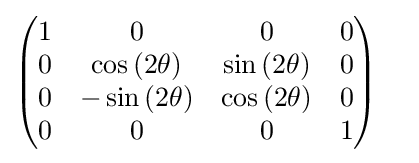
{\begin{pmatrix}1&0&0&0\\0&\cos {(2\theta )}&\sin {(2\theta )}&0\\0&-\sin {(2\theta )}&\cos {(2\theta )}&0\\0&0&0&1\end{pmatrix}}\quad